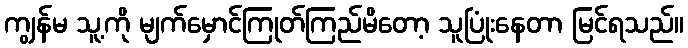
ကျွန်မ သူ့ကို မျက်မှောင်ကြုတ်ကြည်မိတော့ သူပြုံးနေတာ မြင်ရသည်။